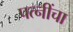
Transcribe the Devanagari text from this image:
पत्नींचा